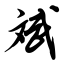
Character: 斌